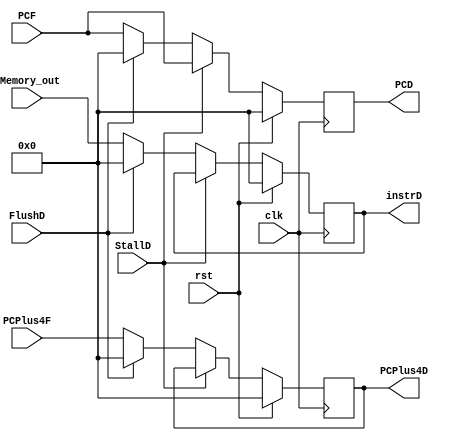
module IF_ID(
    clk,
    rst,
    StallD,
    FlushD,
    IMemory_out,
    PCF,
    PCPlus4F,//
    instrD,
    PCD,
    PCPlus4D
);
input clk, rst, StallD, FlushD;
input [31:0] IMemory_out;
input [31:0] PCF;
input [31:0] PCPlus4F;

output reg [31:0] instrD, PCD, PCPlus4D;

//////////////////////////////////////////// assign interim resister logic
// might want to change the name different to wire? idk.**

always @(posedge clk) begin
    // initialize reg @ default value, which is zero.
    if(rst) begin
        instrD <= 32'd0;
        PCD <= 32'd0;
        PCPlus4D <= 32'd0;
    end
    //do nothing if stall.
    else if (StallD) begin
        instrD <= instrD;
        PCD <= PCF;
        PCPlus4D <= PCPlus4D;
    end
    // 
    else if (FlushD) begin
        instrD <= 32'd0;
        PCD <= 32'd0;
        PCPlus4D <= 32'd0;
    end
// if rst is not active & no flush + stall  carry over the input from interim regs to output :)
    else begin
        instrD   <= IMemory_out;
        PCD      <= PCF;
        PCPlus4D <= PCPlus4F;
    end
end
endmodule